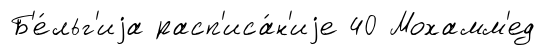
Б'е́льг'иjа расп'иса́н'иjе 40 Мохамм'ед